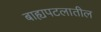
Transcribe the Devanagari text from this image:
बाह्यपटलातील